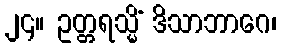
၂၄။ ဥတ္တရသ္မိံ ဒိသာဘာဂေ၊